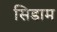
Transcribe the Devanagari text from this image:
सिडाम